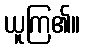
ယူကြ၏။